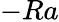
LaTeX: \mathrm-Ra